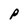
Character: p